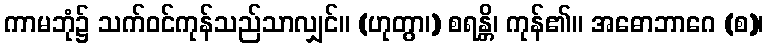
ကာမဘုံ၌ သက်ဝင်ကုန်သည်သာလျှင်။ (ဟုတွာ၊) စရန္တိ၊ ကုန်၏။ အဓောဘာဂေ (စ)၊